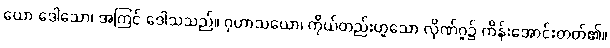
ယော ဒေါသော၊ အကြင် ဒေါသသည်။ ဂုဟာသယော၊ ကိုယ်တည်းဟူသော လိုဏ်ဂူ၌ ကိန်းအောင်းတတ်၏။